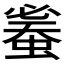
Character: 𧍦